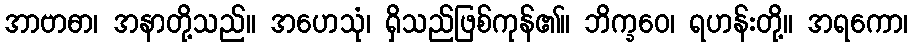
အာဗာဓာ၊ အနာတို့သည်။ အဟေသုံ၊ ရှိသည်ဖြစ်ကုန်၏။ ဘိက္ခဝေ၊ ရဟန်းတို့။ အရကော၊